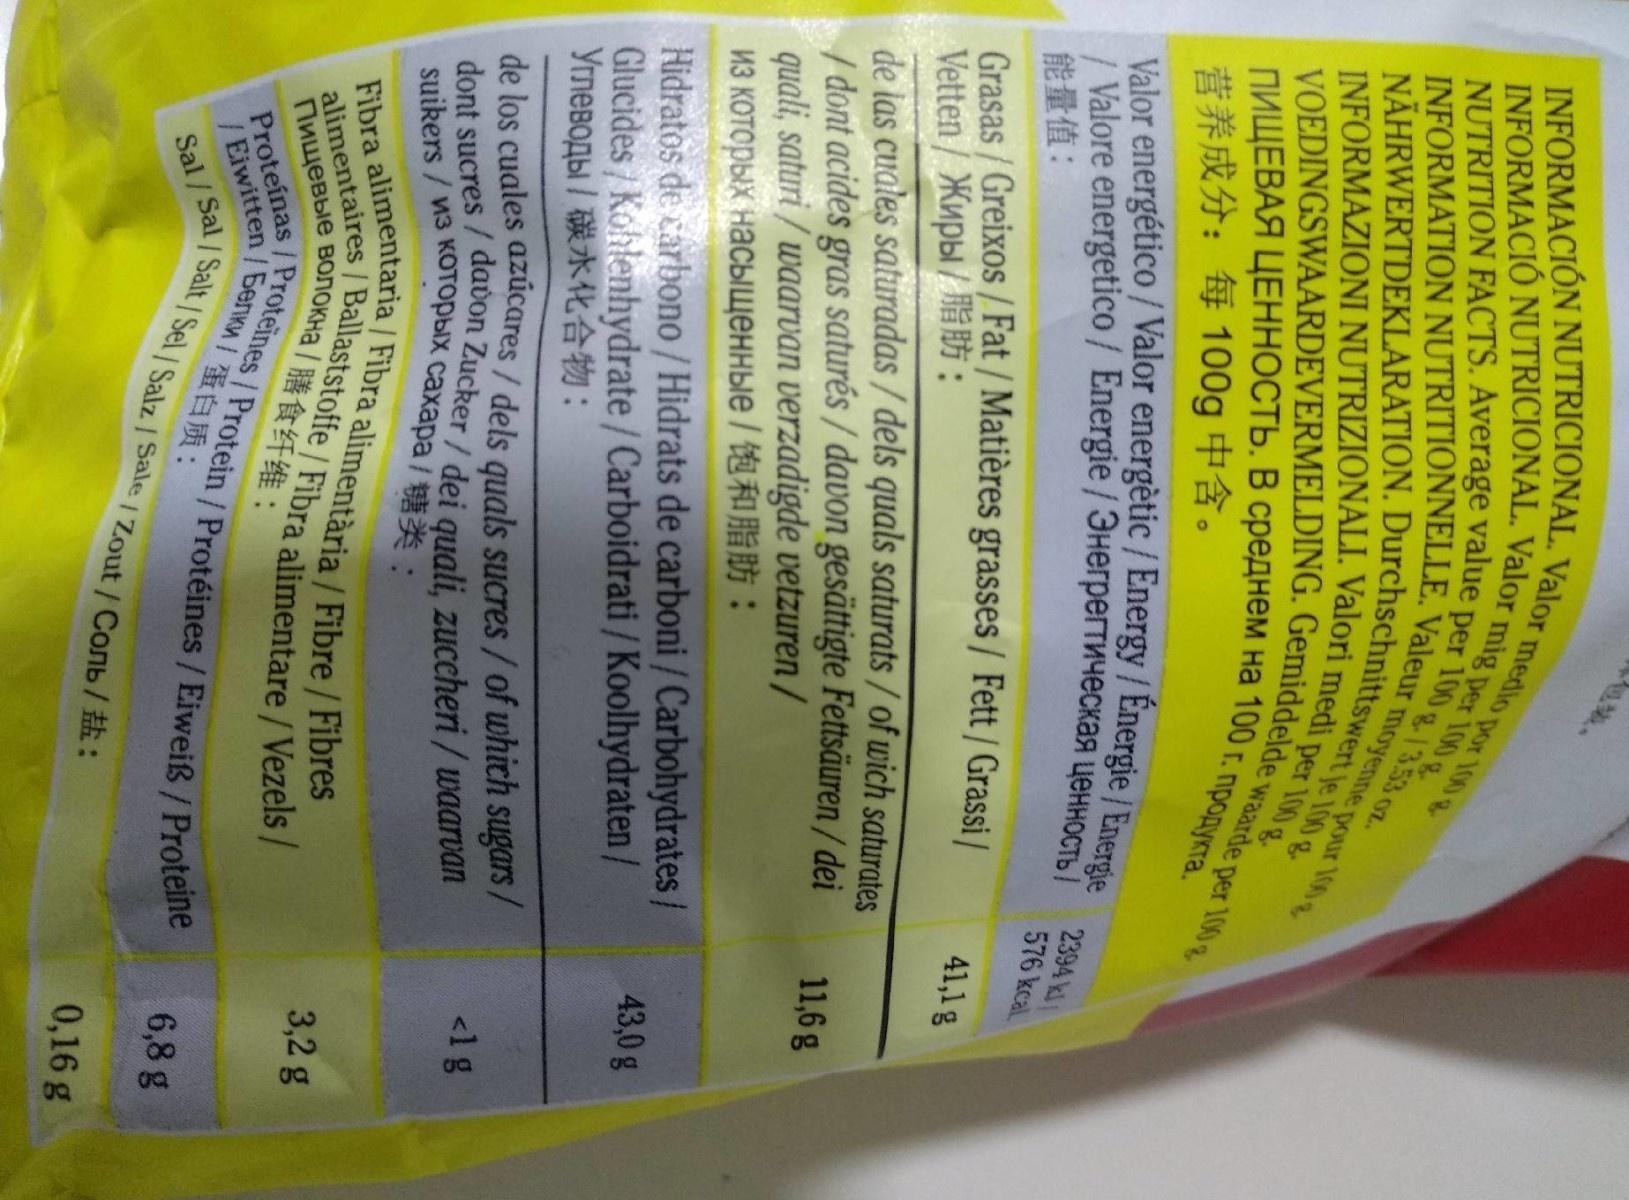
INFORMACIÓN NUTRICIONAL. Valor medio p
INFORMACIÓ NUTRICIONAL. Valor mig per 100 g NÄHRWERTDEKLARATION. Durchschnittswert jle loo & VOEDINGSWAARDEVERMELDING. Gemiddelde waarde per 100
INFORMATION NUTRITIONNELLE. Valeur moyenne pour 190
por 100 g per 100 g.135S3 oz.
NUTRITION FACTS. Average value
INFORMAZIONI NUTRIZIONALI. Valori medi per 100 g ПИЩЕВАЯ ЦЕННОСТЬ. В среднем на 100 г. продукта. 营养成分:每100g 中含。 Valor energético / Valor energètic / Energy/ Energie / Energie 2394 kl
/ Valore energetico / Energie /3HerperTwyeckas yeHHOCTb 能量值: Grasas / Greixos / Fat / Matières grasses / Fett / Grassi / Veten/ Жиры / в: de jas cuales saturadas / dels quals saturats / of wich saturates / dont acides gras saturés / davon gesättigte Fettsäuren / dei quali, saturi / waarvan verzadigde vetzuren / из которых насыщенные / t FB :
576 kcal
41,1g
11,6g
Hidratos de carbono / Hidrats de carboni / Carbohydrates/ Glucides/ Kohlenhydrate / Carboidrati / Koolhydraten /
43,0g
de los cuales azúcares/dels quals sucres/of which sugars/ dont sucres / dadon Zucker/ dei quali, zuccheri / waarvan suikers / из которых сахара I 98:
<1g
Fibra alimentaria / Fibra alimentària / Fibre / Fibres
3,2 g
alimentaires / Ballaststoffe / Fibra alimentare / Vezels/
Пищевые волокна R# tr 4 E:
Proteínas /Proteines / Protein/ Protéines/Eiweiß / Proteine 15enwa/蛋白质:
6,8 g
Sal / Sal / Salt Sel/Salz / Sale I Zout/ Conb / h:
/Eiwitten
0,16 g